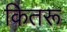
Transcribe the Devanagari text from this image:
कितरू